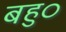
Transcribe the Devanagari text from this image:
बहु०